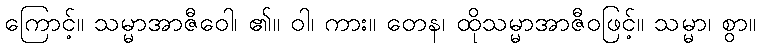
ကြောင့်။ သမ္မာအာဇီဝေါ၊ ၏။ ဝါ၊ ကား။ တေန၊ ထိုသမ္မာအာဇီဝဖြင့်။ သမ္မာ၊ စွာ။